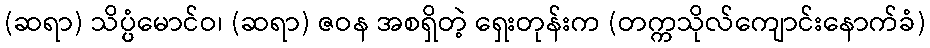
(ဆရာ) သိပ္ပ္ပံမောင်ဝ၊ (ဆရာ) ဇဝန အစရှိတဲ့ ရှေးတုန်းက (တက္ကသိုလ်ကျောင်းနောက်ခံ)